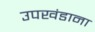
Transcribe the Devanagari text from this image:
उपखंडाना